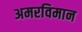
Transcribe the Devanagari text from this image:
अमरविमान